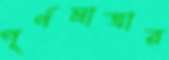
পূর্ণমাত্রার